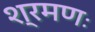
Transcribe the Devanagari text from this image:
श्रमणः